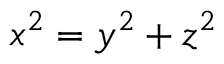
x ^ { 2 } = y ^ { 2 } + z ^ { 2 }